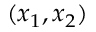
( x _ { 1 } , x _ { 2 } )